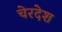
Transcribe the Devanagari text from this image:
चेरदेश